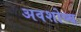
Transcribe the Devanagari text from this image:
अवशोष्य